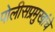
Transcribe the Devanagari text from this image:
पोलीसप्रमुखांचे